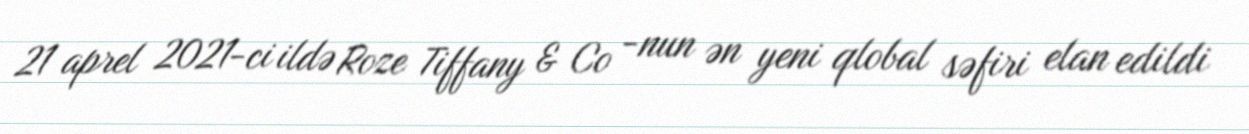
21 aprel 2021-ci ildə Roze Tiffany & Co -nun ən yeni qlobal səfiri elan edildi